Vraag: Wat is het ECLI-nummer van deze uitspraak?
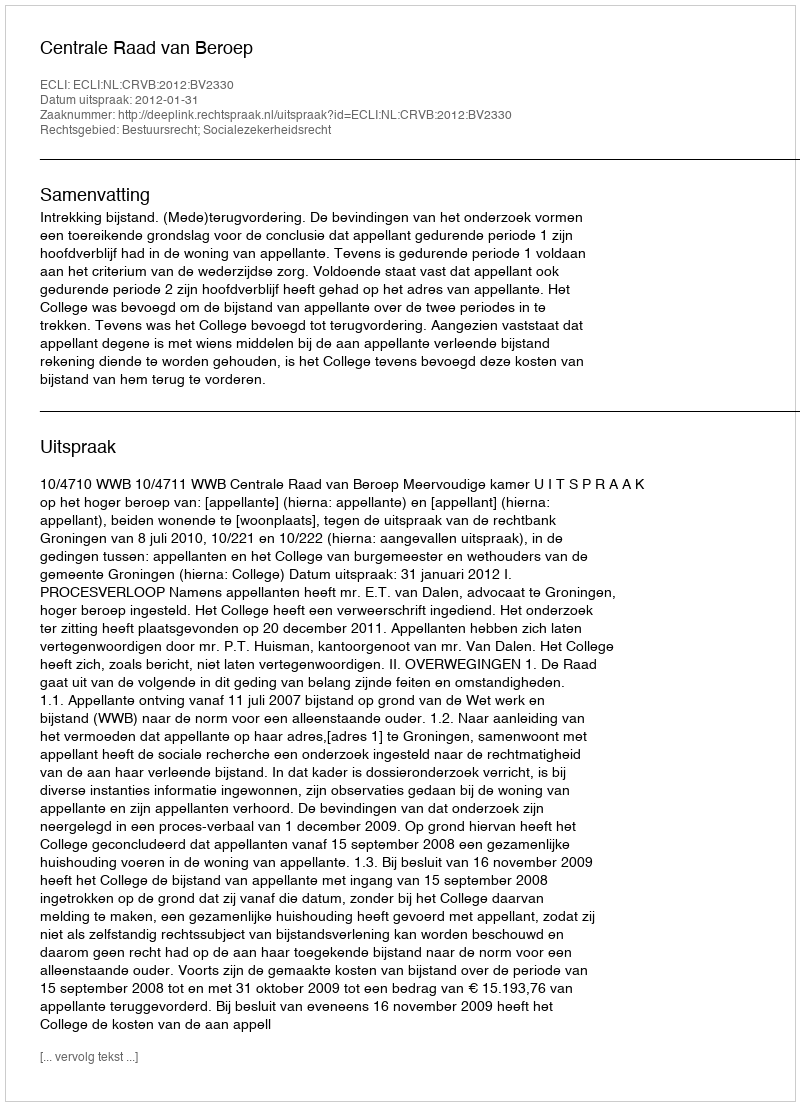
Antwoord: ECLI:NL:CRVB:2012:BV2330